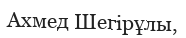
Ахмед Шегірұлы,